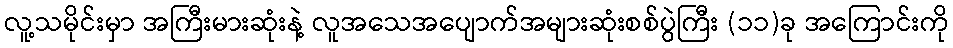
လူ့သမိုင်းမှာ အကြီးမားဆုံးနဲ့ လူအသေအပျောက်အများဆုံးစစ်ပွဲကြီး (၁၁)ခု အကြောင်းကို